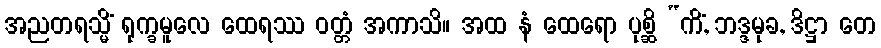
အညတရသ္မိံ ရုက္ခမူလေ ထေရဿ ဝတ္တံ အကာသိ။ အထ နံ ထေရော ပုစ္ဆိ “ကိံ, ဘဒ္ဒမုခ, ဒိဋ္ဌာ တေ